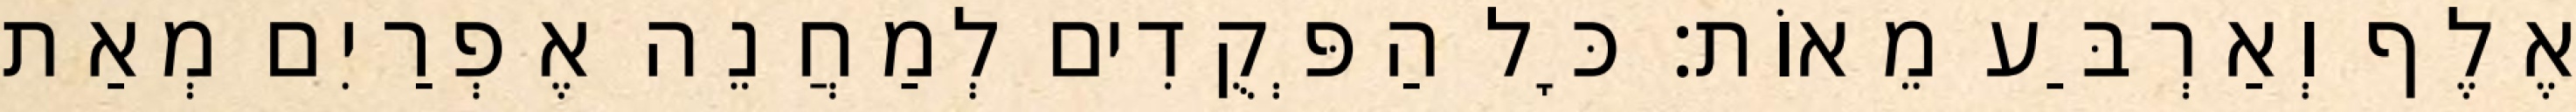
אֶלֶף וְאַרְבַּע מֵאוֹת׃ כָּל הַפְּקֻדִים לְמַחֲנֵה אֶפְרַיִם מְאַת